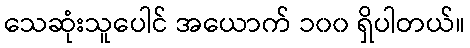
သေဆုံးသူပေါင် အယောက် ၁၀၀ ရှိပါတယ်။